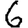
Digit: 6